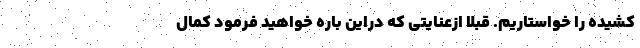
کشیده را خواستاریم. قبلاً ازعنایتی که دراین باره خواهید فرمود کمال